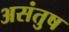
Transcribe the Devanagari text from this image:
असंतुष